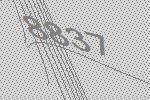
8837